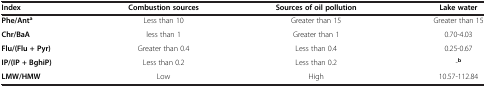
<table><thead><tr><td><b>Index</b></td><td><b>Combustion sources</b></td><td><b>Sources of oil pollution</b></td><td><b>Lake water</b></td></tr></thead><tbody><tr><td><b>Phe/Ant</b><sup><b>a</b></sup></td><td>Less than 10</td><td>Greater than 15</td><td>Greater than 15</td></tr><tr><td><b>Chr/BaA</b></td><td>less than 1</td><td>Greater than 1</td><td>0.70-4.03</td></tr><tr><td><b>Flu/(Flu + Pyr)</b></td><td>Greater than 0.4</td><td>Less than 0.4</td><td>0.25-0.67</td></tr><tr><td><b>IP/(IP + BghiP)</b></td><td>Less than 0.2</td><td>Less than 0.2</td><td>-<sup><b>b</b></sup></td></tr><tr><td><b>LMW/HMW</b></td><td>Low</td><td>High</td><td>10.57-112.84</td></tr></tbody></table>